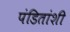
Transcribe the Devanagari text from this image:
पंडितांशी